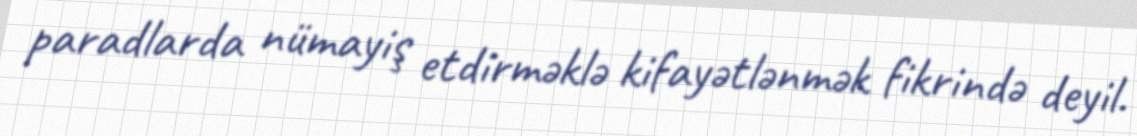
paradlarda nümayiş etdirməklə kifayətlənmək fikrində deyil.